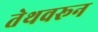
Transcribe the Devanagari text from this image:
तेथवरून